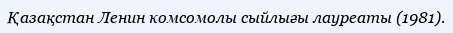
Қазақстан Ленин комсомолы сыйлығы лауреаты (1981).